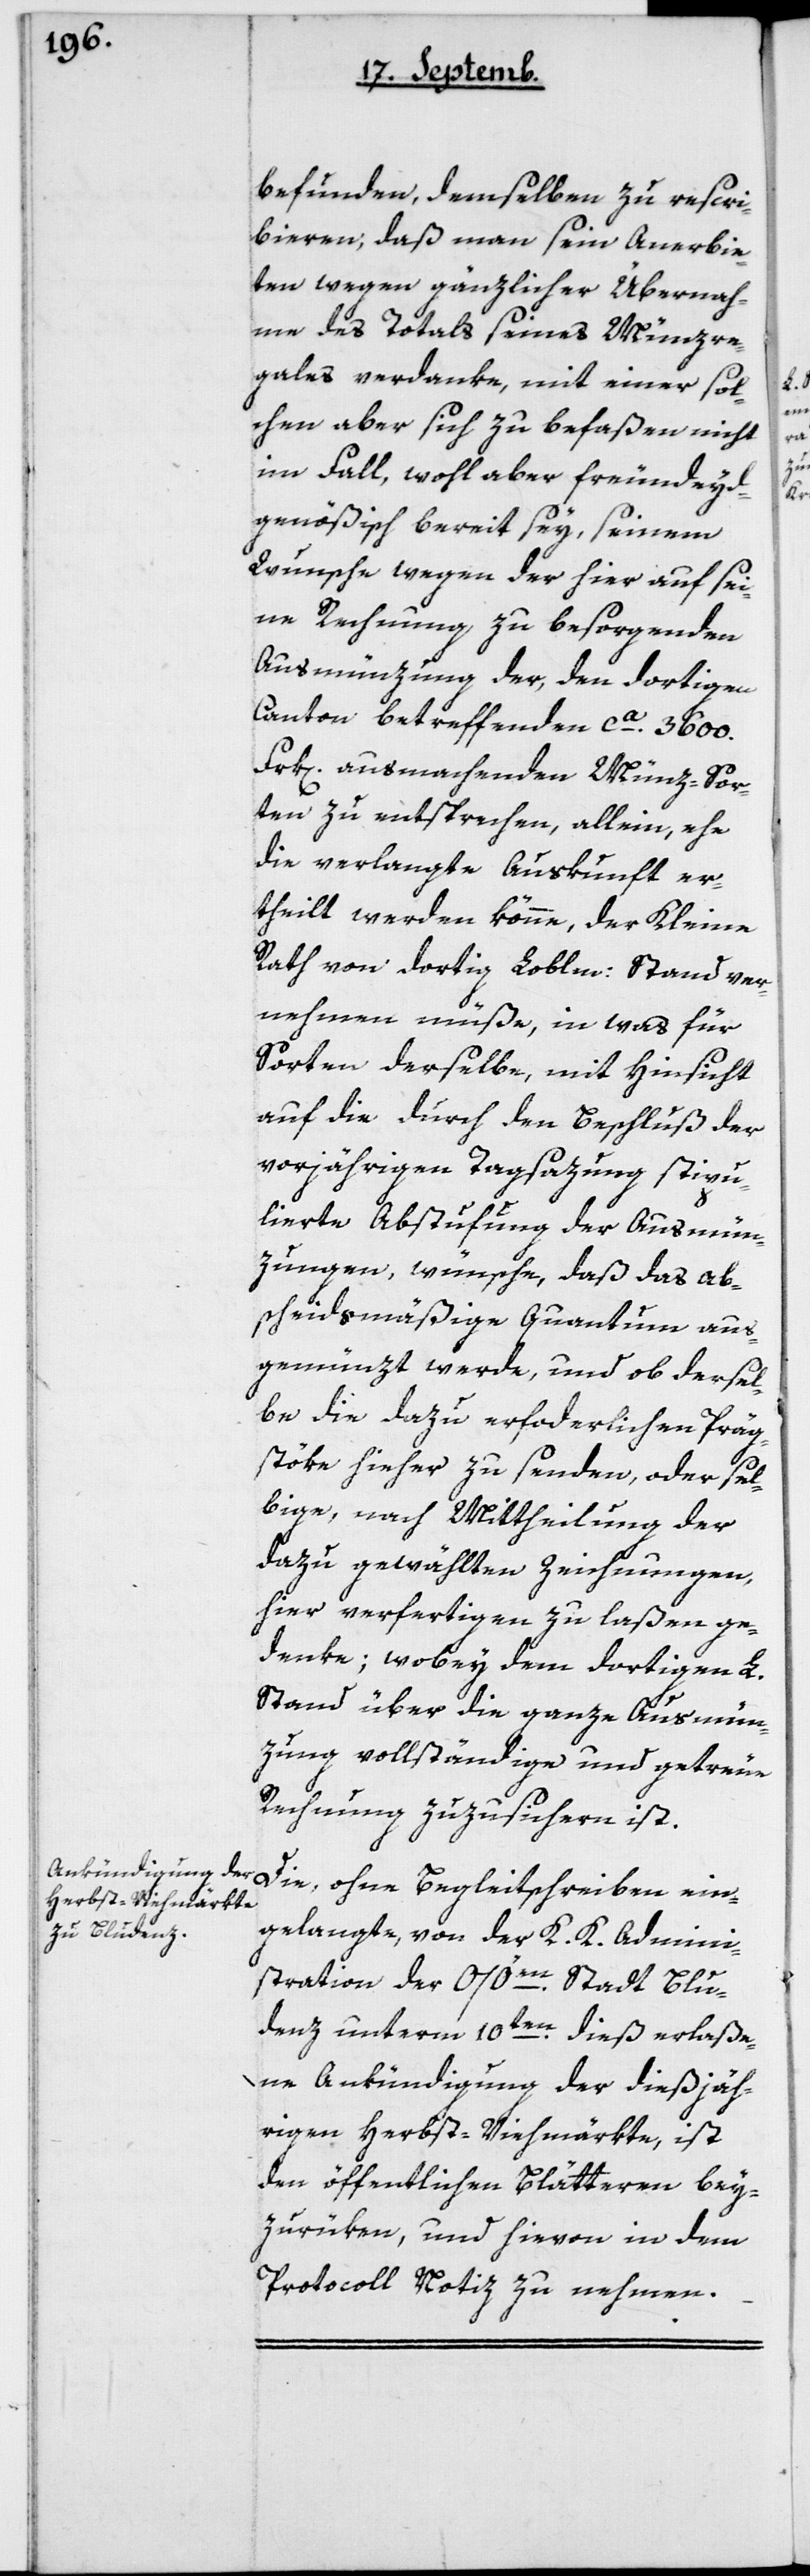
funden, demselben zu rescri¬
bieren, daß man sein Anerbie¬
ten wegen gänzlicher Übernah¬
me des Totals seines Münzre¬
gales verdanke, mit einer sol¬
chen aber sich zu befaßen nicht
im Fall, wohl aber freundeyd¬
genößisch bereit sey, seinem
Wunsche wegen der hier auf sei¬
ne Rechnung zu besorgenden
Ausmünzung der, den dortigen
Canton betreffenden ca 3600
Frk[en] ausmachenden Münz-Sor¬
ten zu entsprechen, allein, ehe
die verlangte Auskunft er¬
theilt werden könne, der Kleine
Rath von dortig Lobl. Stand ver¬
nehmen müße, in was für
Sorten derselbe, mit Hinsicht
auf die durch den Beschluß der
vorjährigen Tagsazung stipu¬
lierte Abstufung der Ausmün¬
zungen, wünsche, daß das ab¬
scheidsmäßige Quantum aus¬
gemünzt werde, und ob dersel¬
be die dazu erforderlichen Präg¬
stöke hieher zu senden, oder sel¬
bige, nach Mittheilung der
dazu gewählten Zeichnungen,
hier verfertigen zu laßen ge¬
denke; wobey dem dortigen L.
Stand über die ganze Ausmün¬
zung vollständige und getreue
Rechnung zuzusichern ist.
Die ohne Begleitschreiben ein¬
gelangte, von der K. K. Admini¬
stration der österreichischen Stadt Blu¬
denz unterm 10ten dieß erlaße¬
ne Ankündigung der diesjäh¬
rigen Herbst-Viehmärkte, ist
den öffentlichen Blätteren bey¬
zurüken, und hievon in dem
Protocoll Notiz zu nehmen.